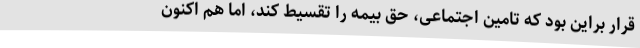
قرار براین بود که تامین اجتماعی، حق بیمه را تقسیط کند، اما هم اکنون